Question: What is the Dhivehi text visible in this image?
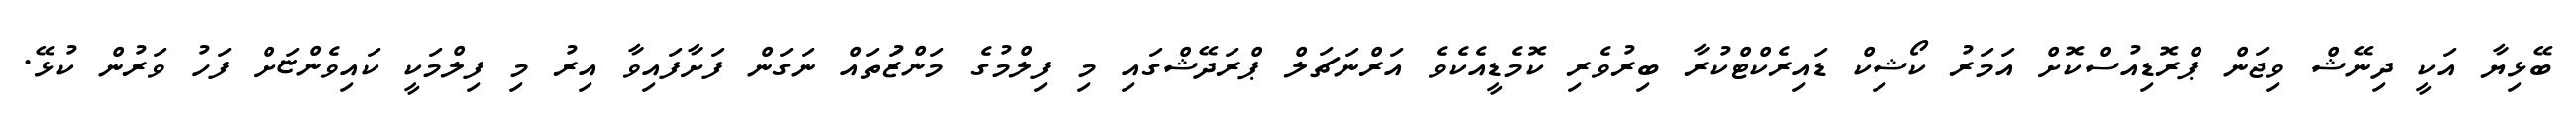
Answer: ބޭޅިޔާ އަކީ ދިނޭޝް ވިޖަން ޕްރޮޑިއުސްކޮށް އަމަރު ކޯޝިކް ޑައިރެކްޓްކުރާ ބިރުވެރި ކޮމެޑީއެކެވެ އަރްނަޗަލް ޕްރަދޭޝްގައި މި ފިލްމުގެ މަންޒަުތައް ނަގަން ފަށާފައިވާ އިރު މި ފިލްމަކީ ކައިވެންޏަށް ފަހު ވަރުން ކުޅޭ.